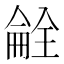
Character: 𫣝